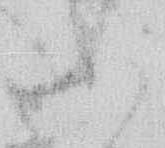
あ